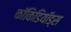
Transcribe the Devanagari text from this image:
कॉकिडियॉड्स